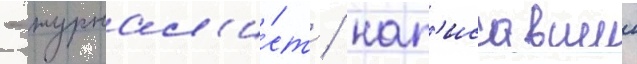
- журнал'и́ст / нап'исавшии